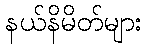
နယ်နိမိတ်များ